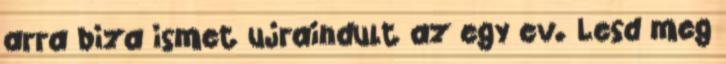
arra biza ismet ujraindult az egy ev. Lesd meg